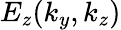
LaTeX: E_{z}(k_{y},k_{z})